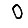
Digit: 0